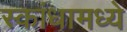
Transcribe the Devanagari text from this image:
स्कांधामध्ये